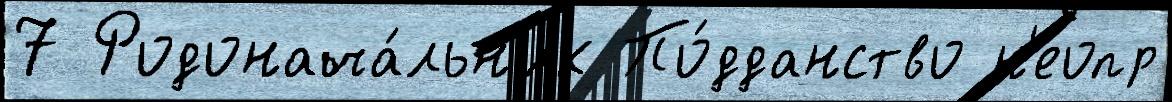
7 Родонача́льн'ик По́дданство н'еопр